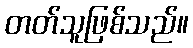
တတ်သူဖြစ်သည်။